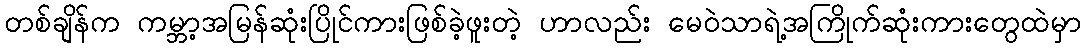
တစ်ချိန်က ကမ္ဘာ့အမြန်ဆုံးပြိုင်ကားဖြစ်ခဲ့ဖူးတဲ့ ဟာလည်း မေဝဲသာရဲ့အကြိုက်ဆုံးကားတွေထဲမှာ